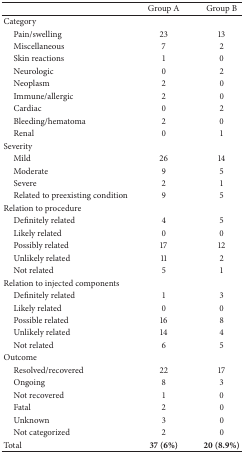
<table><thead><tr><td><b> </b></td><td><b>Group A</b></td><td><b>Group B</b></td></tr></thead><tbody><tr><td>Category</td><td> </td><td> </td></tr><tr><td> Pain/swelling </td><td>23</td><td>13</td></tr><tr><td> Miscellaneous</td><td>7</td><td>2</td></tr><tr><td> Skin reactions</td><td>1</td><td>0</td></tr><tr><td> Neurologic</td><td>0</td><td>2</td></tr><tr><td> Neoplasm</td><td>2</td><td>0</td></tr><tr><td> Immune/allergic</td><td>2</td><td>0</td></tr><tr><td> Cardiac</td><td>0</td><td>2</td></tr><tr><td> Bleeding/hematoma</td><td>2</td><td>0</td></tr><tr><td> Renal</td><td>0</td><td>1</td></tr><tr><td>Severity</td><td> </td><td> </td></tr><tr><td> Mild</td><td>26</td><td>14</td></tr><tr><td> Moderate </td><td>9</td><td>5</td></tr><tr><td> Severe</td><td>2</td><td>1</td></tr><tr><td> Related to preexisting condition</td><td>9</td><td>5</td></tr><tr><td>Relation to procedure</td><td> </td><td> </td></tr><tr><td> Definitely related </td><td>4</td><td>5</td></tr><tr><td> Likely related </td><td>0</td><td>0</td></tr><tr><td> Possibly related</td><td>17</td><td>12</td></tr><tr><td> Unlikely related </td><td>11</td><td>2</td></tr><tr><td> Not related </td><td>5</td><td>1</td></tr><tr><td>Relation to injected components</td><td> </td><td> </td></tr><tr><td> Definitely related </td><td>1</td><td>3</td></tr><tr><td> Likely related </td><td>0</td><td>0</td></tr><tr><td> Possible related</td><td>16</td><td>8</td></tr><tr><td> Unlikely related </td><td>14</td><td>4</td></tr><tr><td> Not related</td><td>6</td><td>5</td></tr><tr><td>Outcome</td><td> </td><td> </td></tr><tr><td> Resolved/recovered </td><td>22</td><td>17</td></tr><tr><td> Ongoing</td><td>8</td><td>3</td></tr><tr><td> Not recovered</td><td>1</td><td>0</td></tr><tr><td> Fatal</td><td>2</td><td>0</td></tr><tr><td> Unknown</td><td>3</td><td>0</td></tr><tr><td> Not categorized </td><td>2</td><td>0</td></tr><tr><td>Total</td><td><b>37 (6%)</b></td><td><b>20 (8.9%)</b></td></tr></tbody></table>